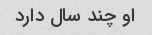
او چند سال دارد